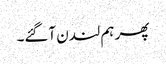
پھر ہم لندن آگئے۔